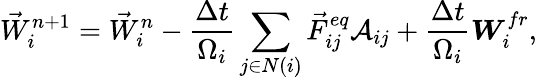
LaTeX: {\vec{W}}_{i}^{n+1}={\vec{W}}_{i}^{n}-\frac{\Delta t}{\Omega_{i}}\sum_{j\in N(i)}{{\vec{F}}_{ij}^{eq}{\cal A}_{ij}}+\frac{\Delta t}{\Omega_{i}}\boldsymbol{W}_{i}^{fr},